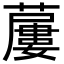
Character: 𧀓